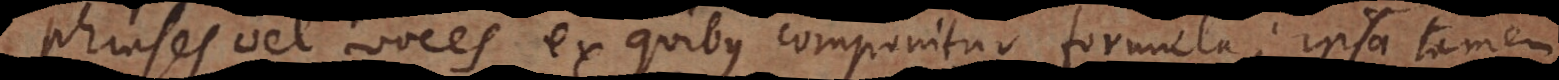
phrases vel voces ex quibus componitur formula; ipsa tamen